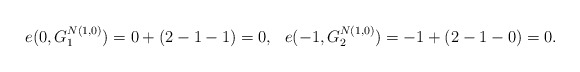
\begin{align*} e(0,G^{N(1,0)}_{1})&= 0 + (2-1-1)=0,& e(-1,G^{N(1,0)}_{2})&= -1 + (2-1-0)=0. \end{align*}